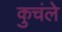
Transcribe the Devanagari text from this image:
कुचंले